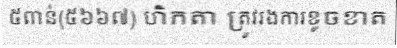
៥ពាន់(៥៦៦៧) ហិកតា ត្រូវរងការខូចខាត